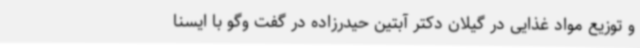
و توزیع مواد غذایی در گیلان دکتر آبتین حیدرزاده در گفت وگو با ایسنا